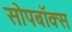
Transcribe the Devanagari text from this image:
सोपबॉक्स